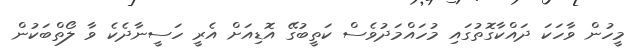
މީހުން ވާހަކަ ދައްކާގޮތުގައި މުހައްމަދުވެސް ކަތީބުގޭ އޮޑިއަށް އެރީ ހަސީނާދެކެ ވާ ލޯތްބަކުން